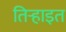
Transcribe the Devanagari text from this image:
तिऱ्हाइत